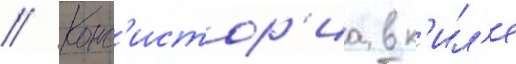
// Конс'истор'иа в к'ил'е